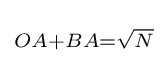
\scriptstyle OA+BA={\sqrt {N}}